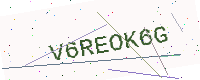
Text: V6REOK6G